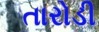
તારોડી